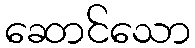
ဆောင်သော